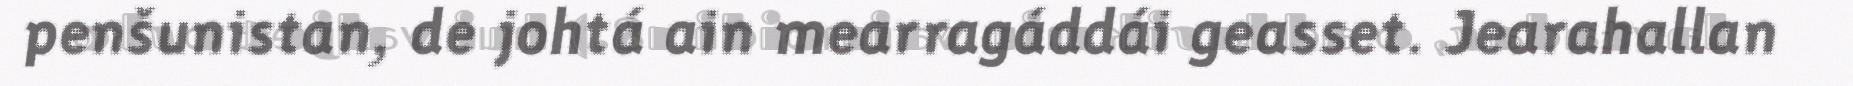
penšunistan, de johtá ain mearragáddái geasset. Jearahallan